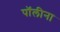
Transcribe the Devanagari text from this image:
पॉलीना